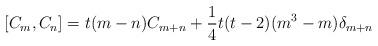
LaTeX: \begin{align*}[C_m,C_n]=t(m-n)C_{m+n} + \frac{1}{4}t(t-2)(m^3-m)\delta_{m+n}\end{align*}